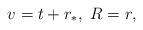
LaTeX: \begin{align*}v=t+r_*,\ R=r,\end{align*}